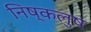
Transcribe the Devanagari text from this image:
निष्कलुष